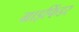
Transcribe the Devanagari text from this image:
ग्राइफिंडर